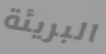
البريئة